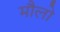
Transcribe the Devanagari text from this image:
मौलो